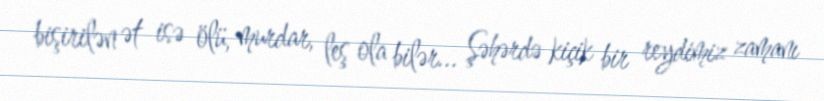
bişirilən ət isə ölü, murdar, leş ola bilər... Şəhərdə kiçik bir reydimiz zamanı